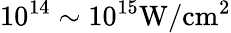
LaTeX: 10^{14}\sim 10^{15}\mathrm{W/cm^{2}}